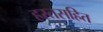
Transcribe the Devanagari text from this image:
हस्तसहित